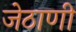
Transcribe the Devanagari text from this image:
जेठाणी